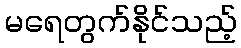
မရေတွက်နိုင်သည့်